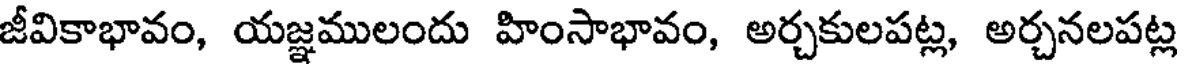
జీవికాభావం, యజ్ఞములందు హింసాభావం, అర్చకులపట్ల, అర్చనలపట్ల